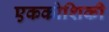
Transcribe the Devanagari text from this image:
एककोशिकी